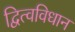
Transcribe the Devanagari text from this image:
द्वित्वविधान